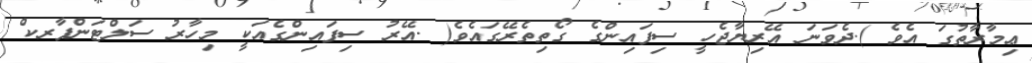
ޢިމާރާތުގަ އެވެ ).ދެވަނަ އޭރިޔާޖެހީ ސިފައިންގެ ގޯތިތެރޭގައެވެ( .އޭރު ސިފައިންގެއަކީ މިހާރު ސަލްޓަންފާރކް